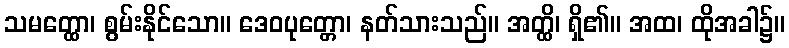
သမတ္ထော၊ စွမ်းနိုင်သော။ ဒေဝပုတ္တော၊ နတ်သားသည်။ အတ္ထိ၊ ရှိ၏။ အထ၊ ထိုအခါ၌။